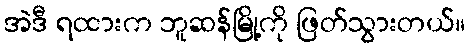
အဲဒီ ရထားက ဘူဆန်မြို့ကို ဖြတ်သွားတယ်။